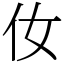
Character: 㚢